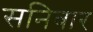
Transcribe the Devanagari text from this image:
सनिवार